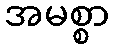
အမစ္စာ